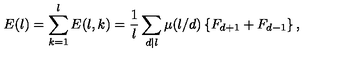
E ( l ) = \sum _ { k = 1 } ^ { l } E ( l , k ) = \frac { 1 } { l } \sum _ { d | l } \mu ( l / d ) \left\{ F _ { d + 1 } + F _ { d - 1 } \right\} ,